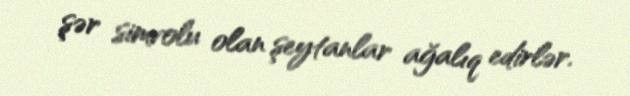
şər simvolu olan şeytanlar ağalıq edirlər.